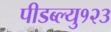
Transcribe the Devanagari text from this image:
पीडब्ल्यु१२३